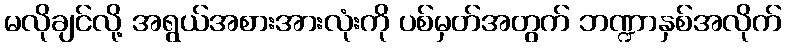
မလိုချင်လို့ အရွယ်အစားအားလုံးကို ပစ်မှတ်အတွက် ဘဏ္ဍာနှစ်အလိုက်